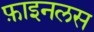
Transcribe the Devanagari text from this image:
फ़ाइनलस